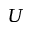
U